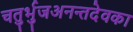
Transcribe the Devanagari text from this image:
चतुर्भुजअनन्तदेवका